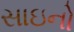
સાઇનો